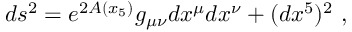
d s ^ { 2 } = e ^ { 2 A ( x _ { 5 } ) } g _ { \mu \nu } d x ^ { \mu } d x ^ { \nu } + ( d x ^ { 5 } ) ^ { 2 } ~ ,